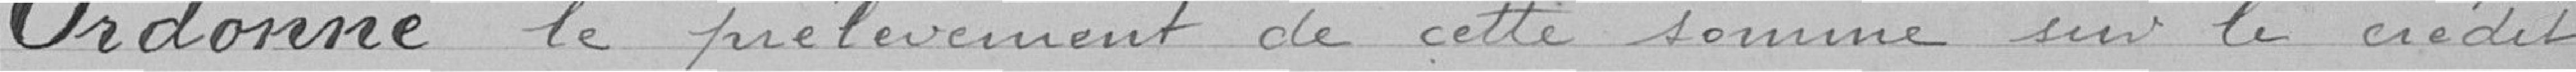
Ordonne le prélèvement de cette somme sur le crédit